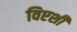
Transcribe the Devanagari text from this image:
विएशी